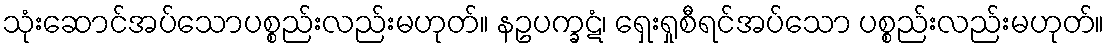
သုံးဆောင်အပ်သောပစ္စည်းလည်းမဟုတ်။ နဥပက္ခဋံ၊ ရှေးရှုစီရင်အပ်သော ပစ္စည်းလည်းမဟုတ်။